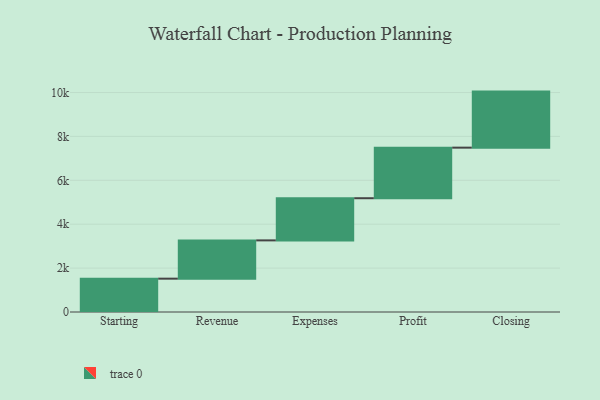
{"axis": {"x": "Step", "y": "Value"}, "legend": [""], "data": [{"x": "Starting", "y": 1519.0, "type": ""}, {"x": "Revenue", "y": 1744.0, "type": ""}, {"x": "Expenses", "y": 1921.0, "type": ""}, {"x": "Profit", "y": 2304.0, "type": ""}, {"x": "Closing", "y": 2554.0, "type": ""}]}